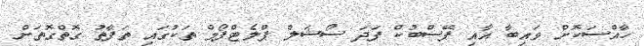
ހާއްސަކޮށް ވައިބާ އާއި ފޭސްބުކް ފަދަ ސޯޝަލް ޕްލެޓްފޯމް ތަކުގައި ތަފާތު ގޮތްގޮތަށް